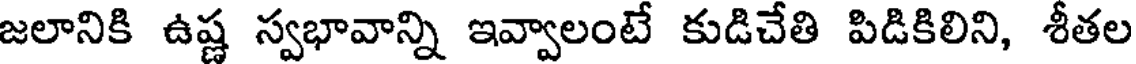
జలానికి ఉష్ణ స్వభావాన్ని ఇవ్వాలంటే కుడిచేతి పిడికిలిని, శీతల